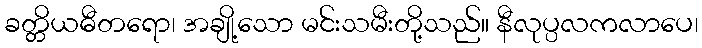
ခတ္တိယဓီတရော၊ အချို့သော မင်းသမီးတို့သည်။ နီလုပ္ပလကလာပေ၊